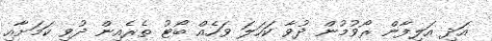
އަދި އަލިފާން ރޯވުމުން ދުވާ ކަހަލަ ވަހެއް ބޯޓު ތެރެއިން ދުވި ކަމަށާއި